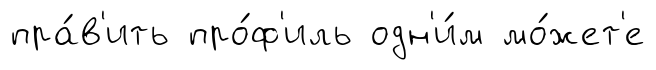
пра́в'ить про́ф'иль одн'и́м мо́жет'е